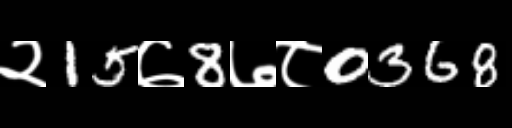
Text: २15७8७८0368